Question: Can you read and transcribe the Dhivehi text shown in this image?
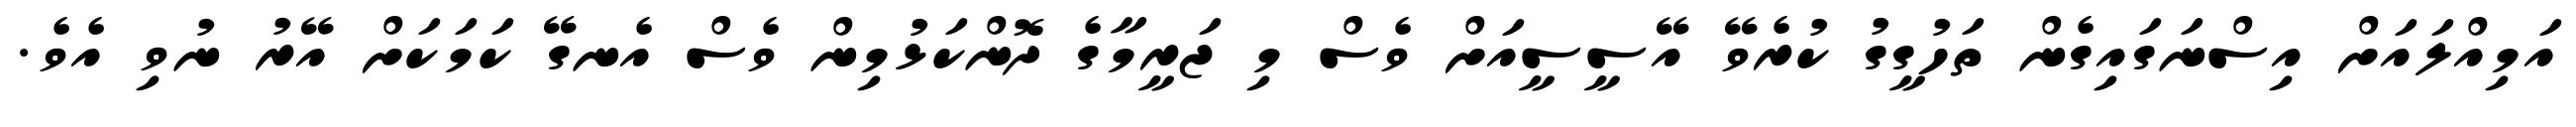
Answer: އަމިއްލައަށް އިސްނަގައިގެން ތަހުގީގު ކުރެވޭ އޭސީސީއަށް ވެސް މި ޖަރީމާގެ ދޮންކަޅުމިން ވެސް އެނގޭ ކަމަކަށް އޭރު ނުވި އެވެ.